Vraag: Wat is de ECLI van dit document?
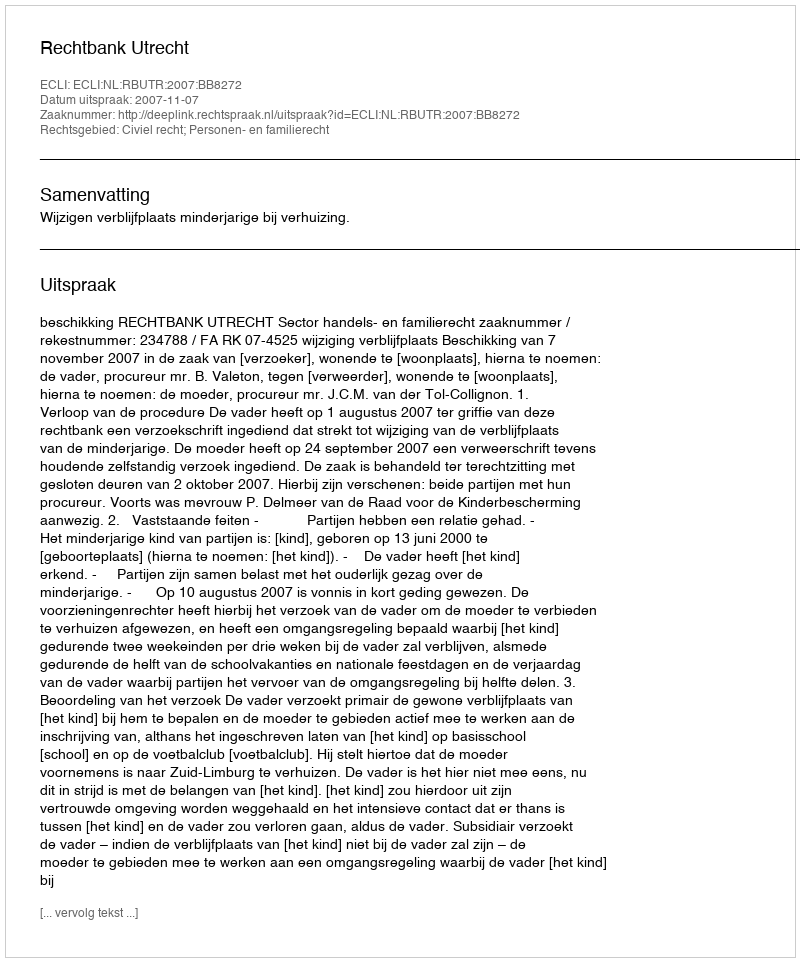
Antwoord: ECLI:NL:RBUTR:2007:BB8272